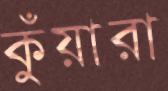
কুঁয়ারা